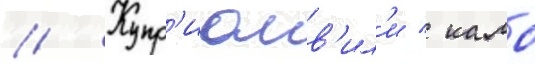
// Купр'иашв'ил'и / камо